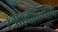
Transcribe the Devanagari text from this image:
स्त्रीस्वातंत्र्याचे